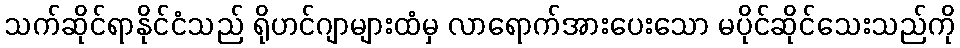
သက်ဆိုင်ရာနိုင်ငံသည် ရိုဟင်ဂျာများထံမှ လာရောက်အားပေးသော မပိုင်ဆိုင်သေးသည်ကို